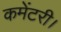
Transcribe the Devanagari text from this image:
कमेंटरी।